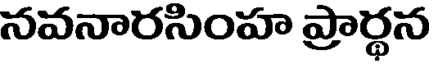
నవనారసింహ ప్రార్థన